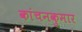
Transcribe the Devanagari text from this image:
कांचनकुमार